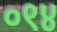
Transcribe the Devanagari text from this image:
०९४